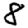
Digit: 8